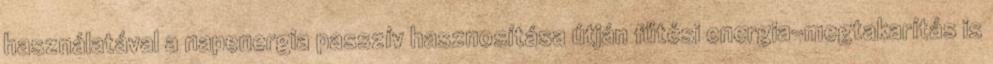
használatával a napenergia passzív hasznosítása útján fűtési energia-megtakarítás is